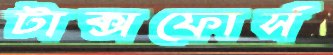
টাক্সফোর্স